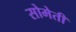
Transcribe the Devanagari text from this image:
सोमेती